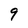
Character: 9